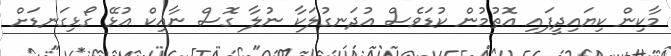
މާކިން ކިޔައިދީފައި އޮތުމުން ކުޑަވެސް އުދަނގުލަކާ ނުލާ ގޮސް ނާއިކް އުޅޭ ގޯޅިގަނޑަށް